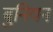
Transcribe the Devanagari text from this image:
बुनियन